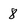
Character: 8